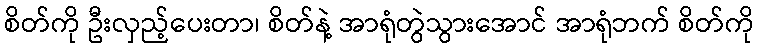
စိတ်ကို ဦးလှည့်ပေးတာ၊ စိတ်နဲ့ အာရုံတွဲသွားအောင် အာရုံဘက် စိတ်ကို